Indian journal of veterinary science and animal husbandry - Volumes 26-27, 1956-1957
Year: 1956
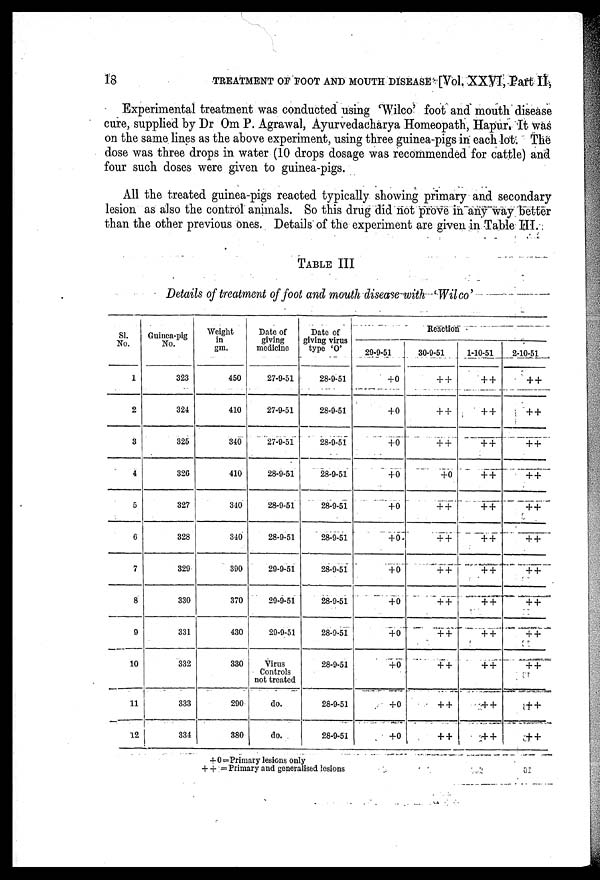
18
TREATMENT OF FOOT AND MOUTH DISEASE [Vol. XXVI, Part II,
Experimental treatment was conducted using 'Wilco' foot and mouth disease
cure, supplied by Dr Om P. Agrawal, Ayurvedacharya Homeopath, Hapur. It was
on the same lines as the above experiment, using three guinea-pigs in each lot. The
dose was three drops in water (10 drops dosage was recommended for cattle) and
four such doses were given to guinea-pigs.
All the treated guinea-pigs reacted typically showing primary and secondary
lesion as also the control animals. So this drug did not prove in any way better
than the other previous ones. Details of the experiment are given in Table III.
TABLE III
Details of treatment of foot and mouth disease with 'Wilco'
Sl.
No.
1
2
3
4
5
6
7
8
9
10
11
12
Guinea-pig
No.
323
324
325
326
327
328
329
330
331
332
333
334
Weight
in gm.
450
410
340
410
340
340
390
370
430
330
290
380
Date of
giving
medicine
27-9-51
27-9-51
27-9-51
28-9-51
28-9-51
28-9-51
29-9-51
29-9-51
29-9-51
Virus
Controls
not treated
do.
do.
Date of
giving virus
type 'O'
28-9-51
28-9-51
28-9-51
28-9-51
28-9-51
28-9-51
28-9-51
28-9-51
28-9-51
28-9-51
28-9-51
28-9-51
29-9-51
+0
+0
+0
+0
+0
+0
+0
+0
+0
+0
+0
+0
Reaction
30-9-51
++
++
++
+0
++
++
++
++
++
++
++
++
1-10-51
++
++
++
++
++
++
++
++
++
++
++
++
2-10-51
++
++
++
++
++
++
++
++
++
++
++
++
+ 0=Primary lesions only
++ = Primary and generalised lesions